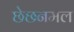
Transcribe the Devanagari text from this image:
छेछनमल